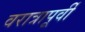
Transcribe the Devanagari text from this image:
वरात्रापूर्वी